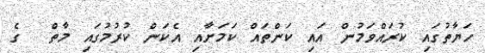
ހަޔާތުގައި ކުރައްވަމުން އައި ކަންތައް ކަމަށާއި އެކަން ކުރުމުގައި މާތް  ގެ